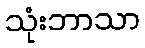
သုံးဘာသာ